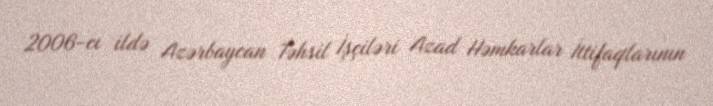
2006-cı ildə Azərbaycan Təhsil İşçiləri Azad Həmkarlar İttifaqlarının